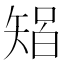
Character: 𱳡